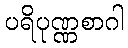
ပရိပုဏ္ဏစာဂါ